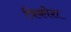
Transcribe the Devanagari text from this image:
त्रिकोश